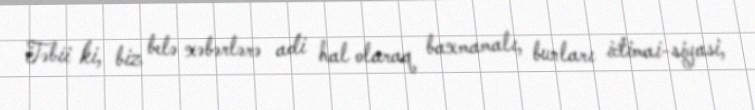
Təbii ki, biz belə xəbərlərə adi hal olaraq baxmamalı, bunları ictimai-siyasi,